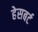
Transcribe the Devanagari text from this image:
हेसबर्ट